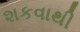
શકવાથી